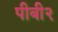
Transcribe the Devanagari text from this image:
पीबी२